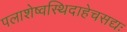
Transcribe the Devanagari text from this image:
पलाशेष्वस्थिदाहेचसद्यः